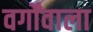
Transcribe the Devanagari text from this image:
वर्गोंवाला